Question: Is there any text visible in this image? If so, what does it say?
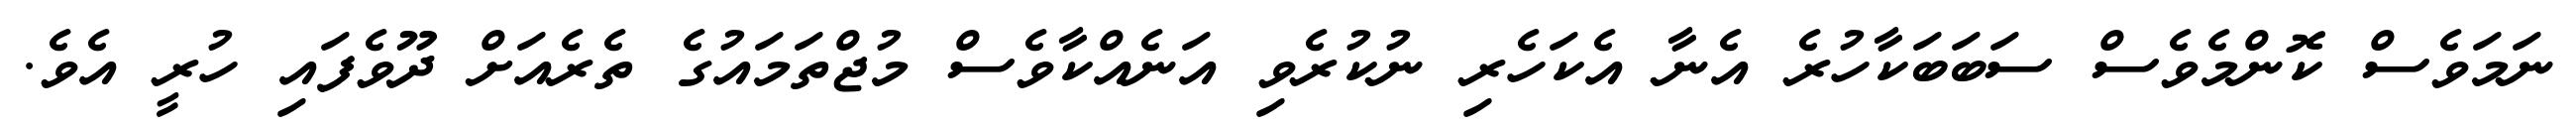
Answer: ނަމަވެސް ކޮންމެވެސް ސަބަބަކާހުރެ އެނާ އެކަހެރި ނުކުރެވި އަނެއްކާވެސް މުޖްތަމައުގެ ތެރެއަށް ދޫވެފައި ހުރީ އެވެ.